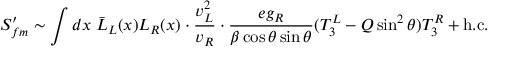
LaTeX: S _ { f m } ^ { \prime } \sim \int d x \; \bar { L } _ { L } ( x ) L _ { R } ( x ) \cdot \frac { v _ { L } ^ { 2 } } { v _ { R } } \cdot \frac { e g _ { R } } { \beta \cos \theta \sin \theta } ( T _ { 3 } ^ { L } - Q \sin ^ { 2 } \theta ) T _ { 3 } ^ { R } + \mathrm { h . c . }